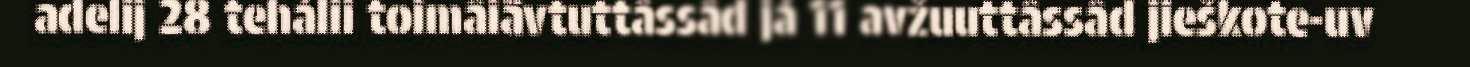
adelij 28 tehálii toimâiävtuttâssâd já 11 avžuuttâssâd jieškote-uv